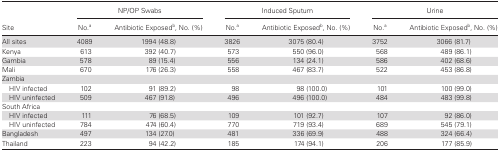
<table><thead><tr><td rowspan="2"><b>Site</b></td><td colspan="2"><b>NP/OP Swabs</b></td><td colspan="2"><b>Induced Sputum</b></td><td colspan="2"><b>Urine</b></td></tr><tr><td><b>No.<sup>a</sup></b></td><td><b>Antibiotic Exposed<sup>b</sup>, No. (%)</b></td><td><b>No.<sup>a</sup></b></td><td><b>Antibiotic Exposed<sup>b</sup>, No. (%)</b></td><td><b>No.<sup>a</sup></b></td><td><b>Antibiotic Exposed<sup>b</sup>, No. (%)</b></td></tr></thead><tbody><tr><td>All sites</td><td>4089</td><td>1994 (48.8)</td><td>3826</td><td>3075 (80.4)</td><td>3752</td><td>3066 (81.7)</td></tr><tr><td>Kenya</td><td>613</td><td>392 (40.7)</td><td>573</td><td>550 (96.0)</td><td>568</td><td>489 (86.1)</td></tr><tr><td>Gambia</td><td>578</td><td>89 (15.4)</td><td>556</td><td>134 (24.1)</td><td>586</td><td>402 (68.6)</td></tr><tr><td>Mali</td><td>670</td><td>176 (26.3)</td><td>558</td><td>467 (83.7)</td><td>522</td><td>453 (86.8)</td></tr><tr><td colspan="7">Zambia</td></tr><tr><td> HIV infected</td><td>102</td><td>91 (89.2)</td><td>98</td><td>98 (100.0)</td><td>101</td><td>100 (99.0)</td></tr><tr><td> HIV uninfected</td><td>509</td><td>467 (91.8)</td><td>496</td><td>496 (100.0)</td><td>484</td><td>483 (99.8)</td></tr><tr><td colspan="7">South Africa</td></tr><tr><td> HIV infected</td><td>111</td><td>76 (68.5)</td><td>109</td><td>101 (92.7)</td><td>107</td><td>92 (86.0)</td></tr><tr><td> HIV uninfected</td><td>784</td><td>474 (60.4)</td><td>770</td><td>719 (93.4)</td><td>689</td><td>545 (79.1)</td></tr><tr><td>Bangladesh</td><td>497</td><td>134 (27.0)</td><td>481</td><td>336 (69.9)</td><td>488</td><td>324 (66.4)</td></tr><tr><td>Thailand</td><td>223</td><td>94 (42.2)</td><td>185</td><td>174 (94.1)</td><td>206</td><td>177 (85.9)</td></tr></tbody></table>